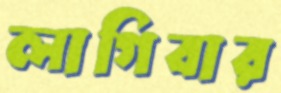
লাগিবার